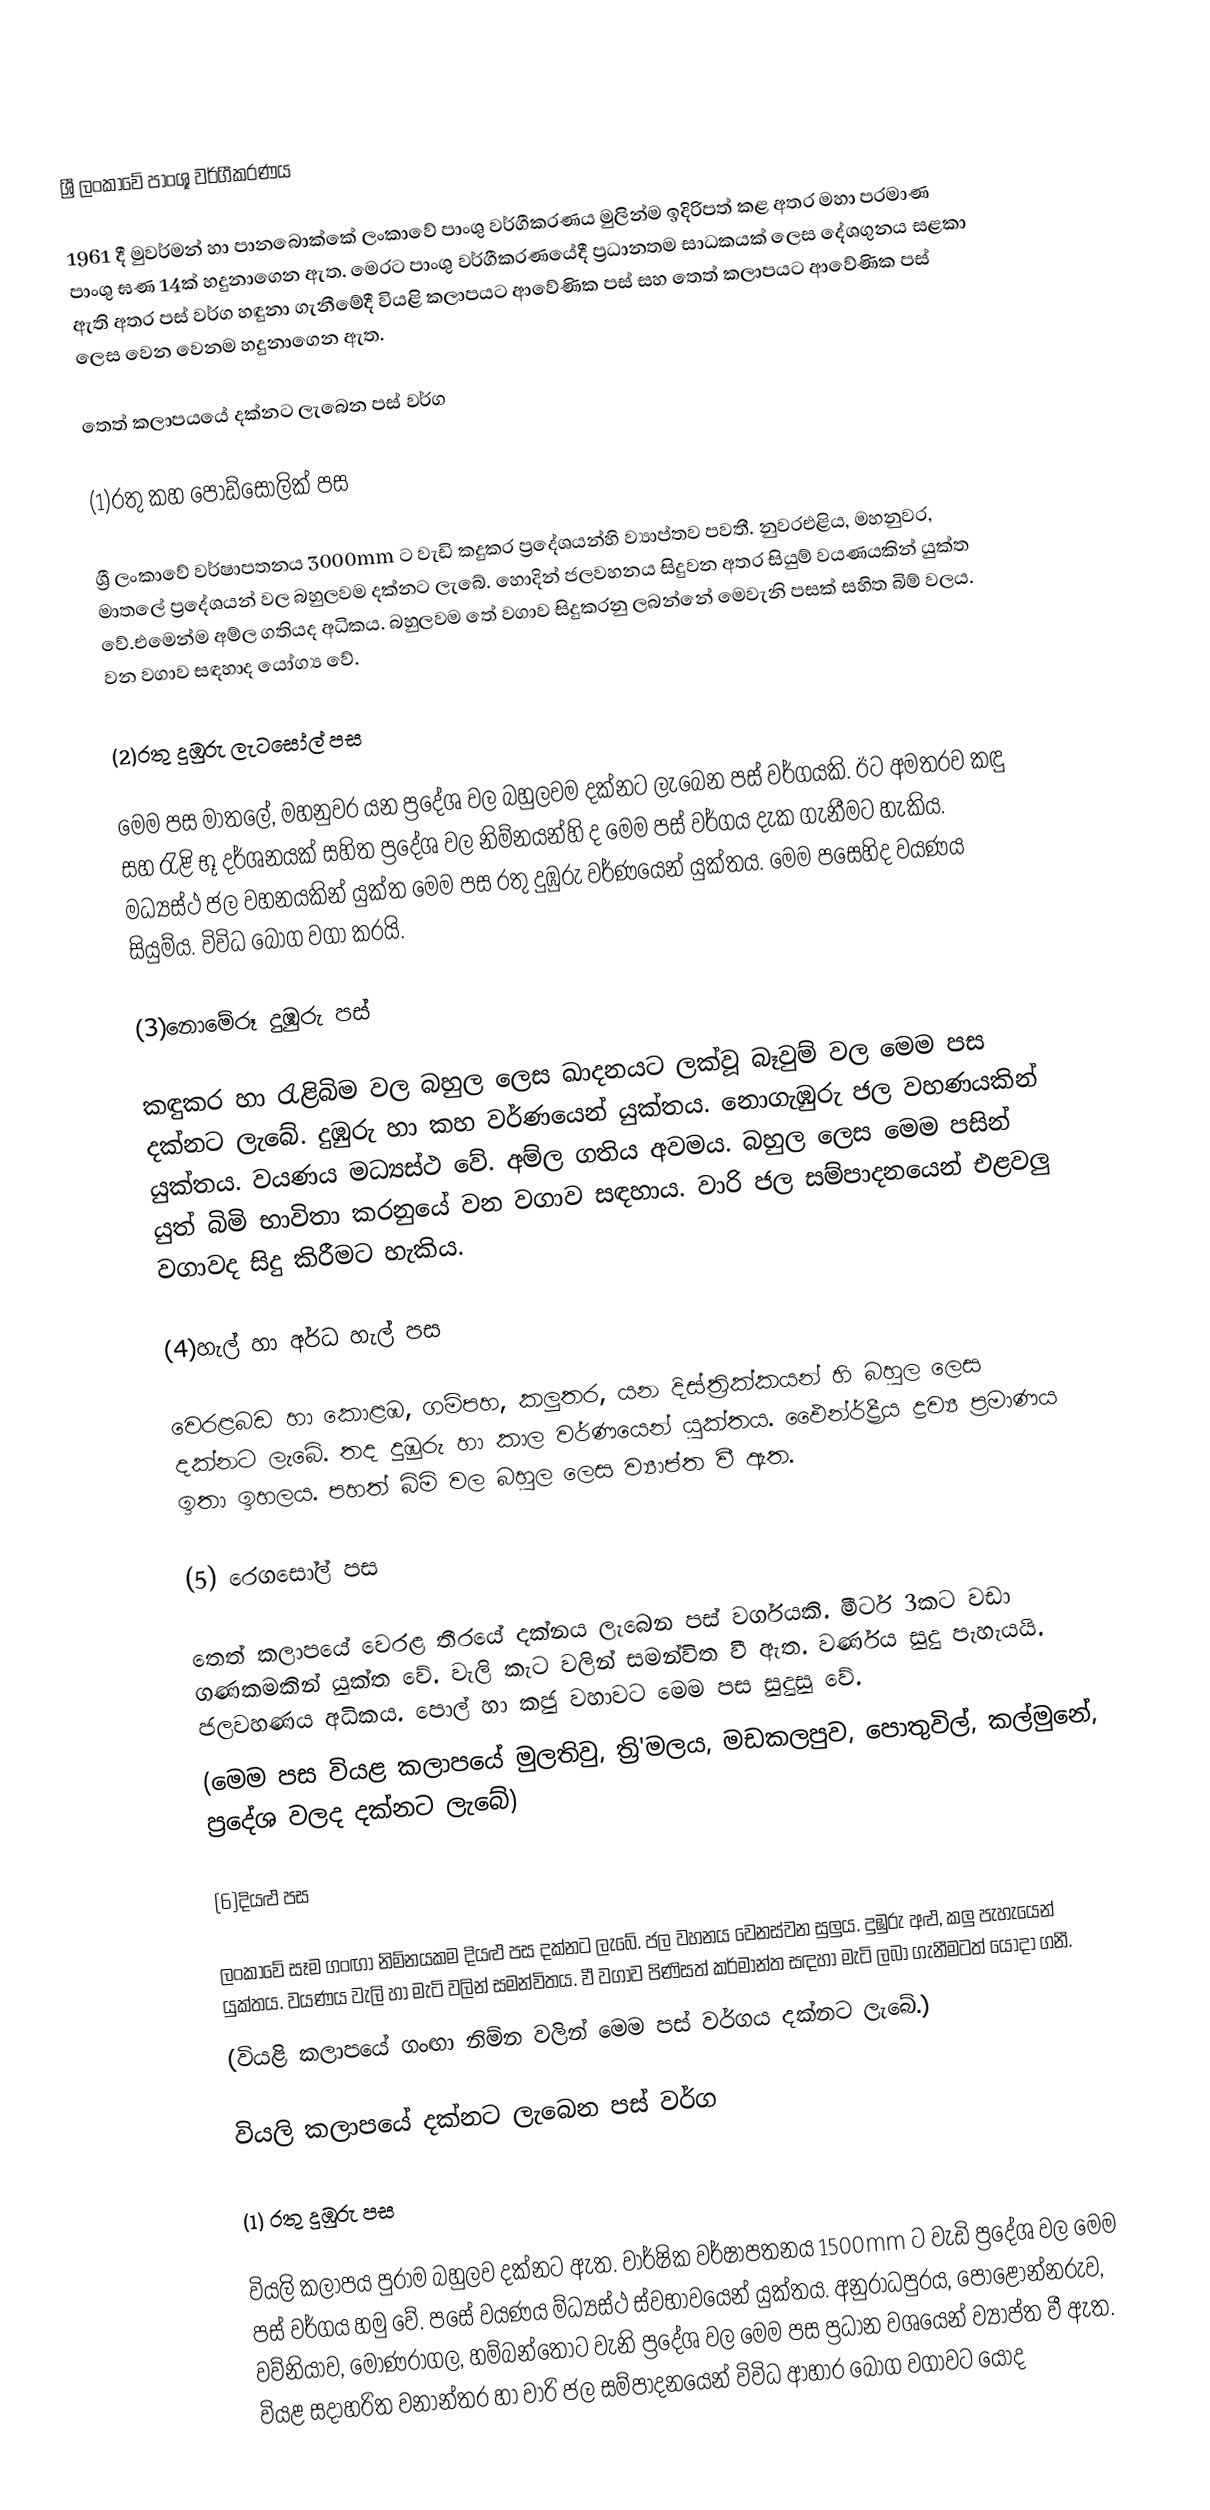

ශ්‍රී ලංකාවේ පාංශූ වර්ගීකරණය

1961 දී මුවර්මන් හා පානබොක්කේ ලංකාවේ පාංශු වර්ගීකරණය මුලින්ම ඉදිරිපත් කළ අතර මහා පරමාණ පාංශු ඝණ 14ක් හදුනාගෙන ඇත. මෙරට පාංශු වර්ගීකරණයේදී ප්‍රධානතම සාධකයක් ලෙස දේශගුනය සළකා ඇති අතර පස් වර්ග හඳුනා ගැනීමේදී වියළි කලාපයට ආවේණික පස් සහ තෙත් කලාපයට ආවේණික පස් ලෙස වෙන වෙනම හදුනාගෙන ඇත.

තෙත් කලාපයයේ දක්නට ලැබෙන පස් වර්ග

(1)රතු කහ පොඩ්සොලික් පස

ශ්‍රී ලංකාවේ වර්ෂාපතනය 3000mm ට වැඩි කදුකර ප්‍රදේශයන්හි ව්‍යාප්තව පවතී. නුවරඑළිය, මහනුවර, මාතලේ ප්‍රදේශයන් වල බහුලවම දක්නට ලැබේ. හොදින් ජලවහනය සිදුවන අතර සියුම් වයණයකින් යුක්ත වේ.එමෙන්ම අම්ල ගතියද අධිකය. බහුලවම තේ වගාව සිදුකරනු ලබන්නේ මෙවැනි පසක් සහිත බිම් වලය. වන වගාව සඳහාද යෝග්‍ය වේ.

(2)රතු දුඹුරු ලැටසෝල් පස

මෙම පස මාතලේ, මහනුවර යන ප්‍රදේශ වල බහුලවම දක්නට ලැබෙන පස් වර්ගයකි. ඊට අමතරව කඳු සහ රැළි භූ දර්ශනයක් සහිත ප්‍රදේශ වල නිම්නයන්හි ද මෙම පස් වර්ගය දැක ගැනීමට හැකිය. මධ්‍යස්ථ ජල වහනයකින් යුක්ත මෙම පස රතු දුඹුරු වර්ණයෙන් යුක්තය. මෙම පසෙහිද වයණය සියුම්ය. විවිධ බෝග වගා කරයි.

(3)නොමේරූ දුඹුරු පස්

කඳුකර හා රැළිබිම වල බහුල ලෙස ඛාදනයට ලක්වූ බෑවුම් වල මෙම පස දක්නට ලැබේ. දුඹුරු හා කහ වර්ණයෙන් යුක්තය. නොගැඹුරු ජල වහණයකින් යුක්තය. වයණය මධ්‍යස්ථ වේ. අම්ල ගතිය අවමය. බහුල ලෙස මෙම පසින් යුත් බිමි භාවිතා කරනුයේ වන වගාව සඳහාය. වාරි ජල සම්පාදනයෙන් එළවලු වගාවද සිදු කිරීමට හැකිය.

(4)හැල් හා අර්ධ හැල් පස

වෙරළබඩ හා කොළඹ, ගම්පහ, කලුතර, යන දිස්ත්‍රික්කයන් හි බහුල ලෙස දක්නට ලැබේ. තද දුඹුරු හා කාල වර්ණයෙන් යුක්තය. ඵෛන්ර්‍ර්‍ද්‍රීය ද්‍රව්‍ය ප්‍රමාණය ඉතා ඉහලය. පහත් බිමි වල බහුල ලෙස ව්‍යාප්ත වී ඇත.

(5) රෙගසෝල් පස

තෙත් කලාපයේ වෙරළ තීරයේ දක්නය ලැබෙන පස් වර්ගයකි. මීටර් 3කට වඩා ගණකමකින් යුක්ත වේ. වැලි කැට වලින් සමන්විත වී ඇත. වර්ණය සුදු පැහැයයි. ජලවහණය අධිකය. පොල් හා කජු වහාවට මෙම පස සුදුසු වේ.
(මෙම පස වියළ කලාපයේ මුලතිවු, ත්‍රි'මලය, මඩකලපුව, පොතුවිල්, කල්මුනේ, ප්‍රදේශ වලද දක්නට ලැබේ)

(6)දියළු පස

ලංකාවේ සෑම ගංඟා නිම්නයකම දියළු පස දක්නට ලැබේ. ජල වහනය වෙනස්වන සුලුය. දුඹුරු අළු, කලු පැහැයෙන් යුක්තය. වයණය වැලි හා මැටි වලින් සමන්විතය. වී වගාව පිණිසත් කර්මාන්ත සඳහා මැටි ලබා ගැනීමටත් යොදා ගනී.
(වියළි කලාපයේ ගංඟා නිම්න වලින් මෙම පස් වර්ගය දක්නට ලැබේ.)

වියලි කලාපයේ දක්නට ලැබෙන පස් වර්ග

(1) රතු දුඹුරු පස

වියලි කලාපය පුරාම බහුලව දක්නට ඇත. වාර්ෂික වර්ෂාපතනය 1500mm ට වැඩි ප්‍රදේශ වල මෙම පස් වර්ගය හමු වේ. පසේ වයණය ම්‍ධ්‍යස්ථ ස්වභා‍වයෙන් යුක්තය. අනුරාධපුරය, පොළොන්නරුව, වව්නියාව, මොණරාගල, හම්බන්තොට වැනි ප්‍රදේශ වල මෙම පස ප්‍රධාන ව‍ශයෙන් ව්‍යාප්ත වී ඇත. වියළ සදාහරිත වනාන්තර හා වාරි ජල සම්පාදනයෙන් විවිධ ආහාර බෝග වගාවට යොද